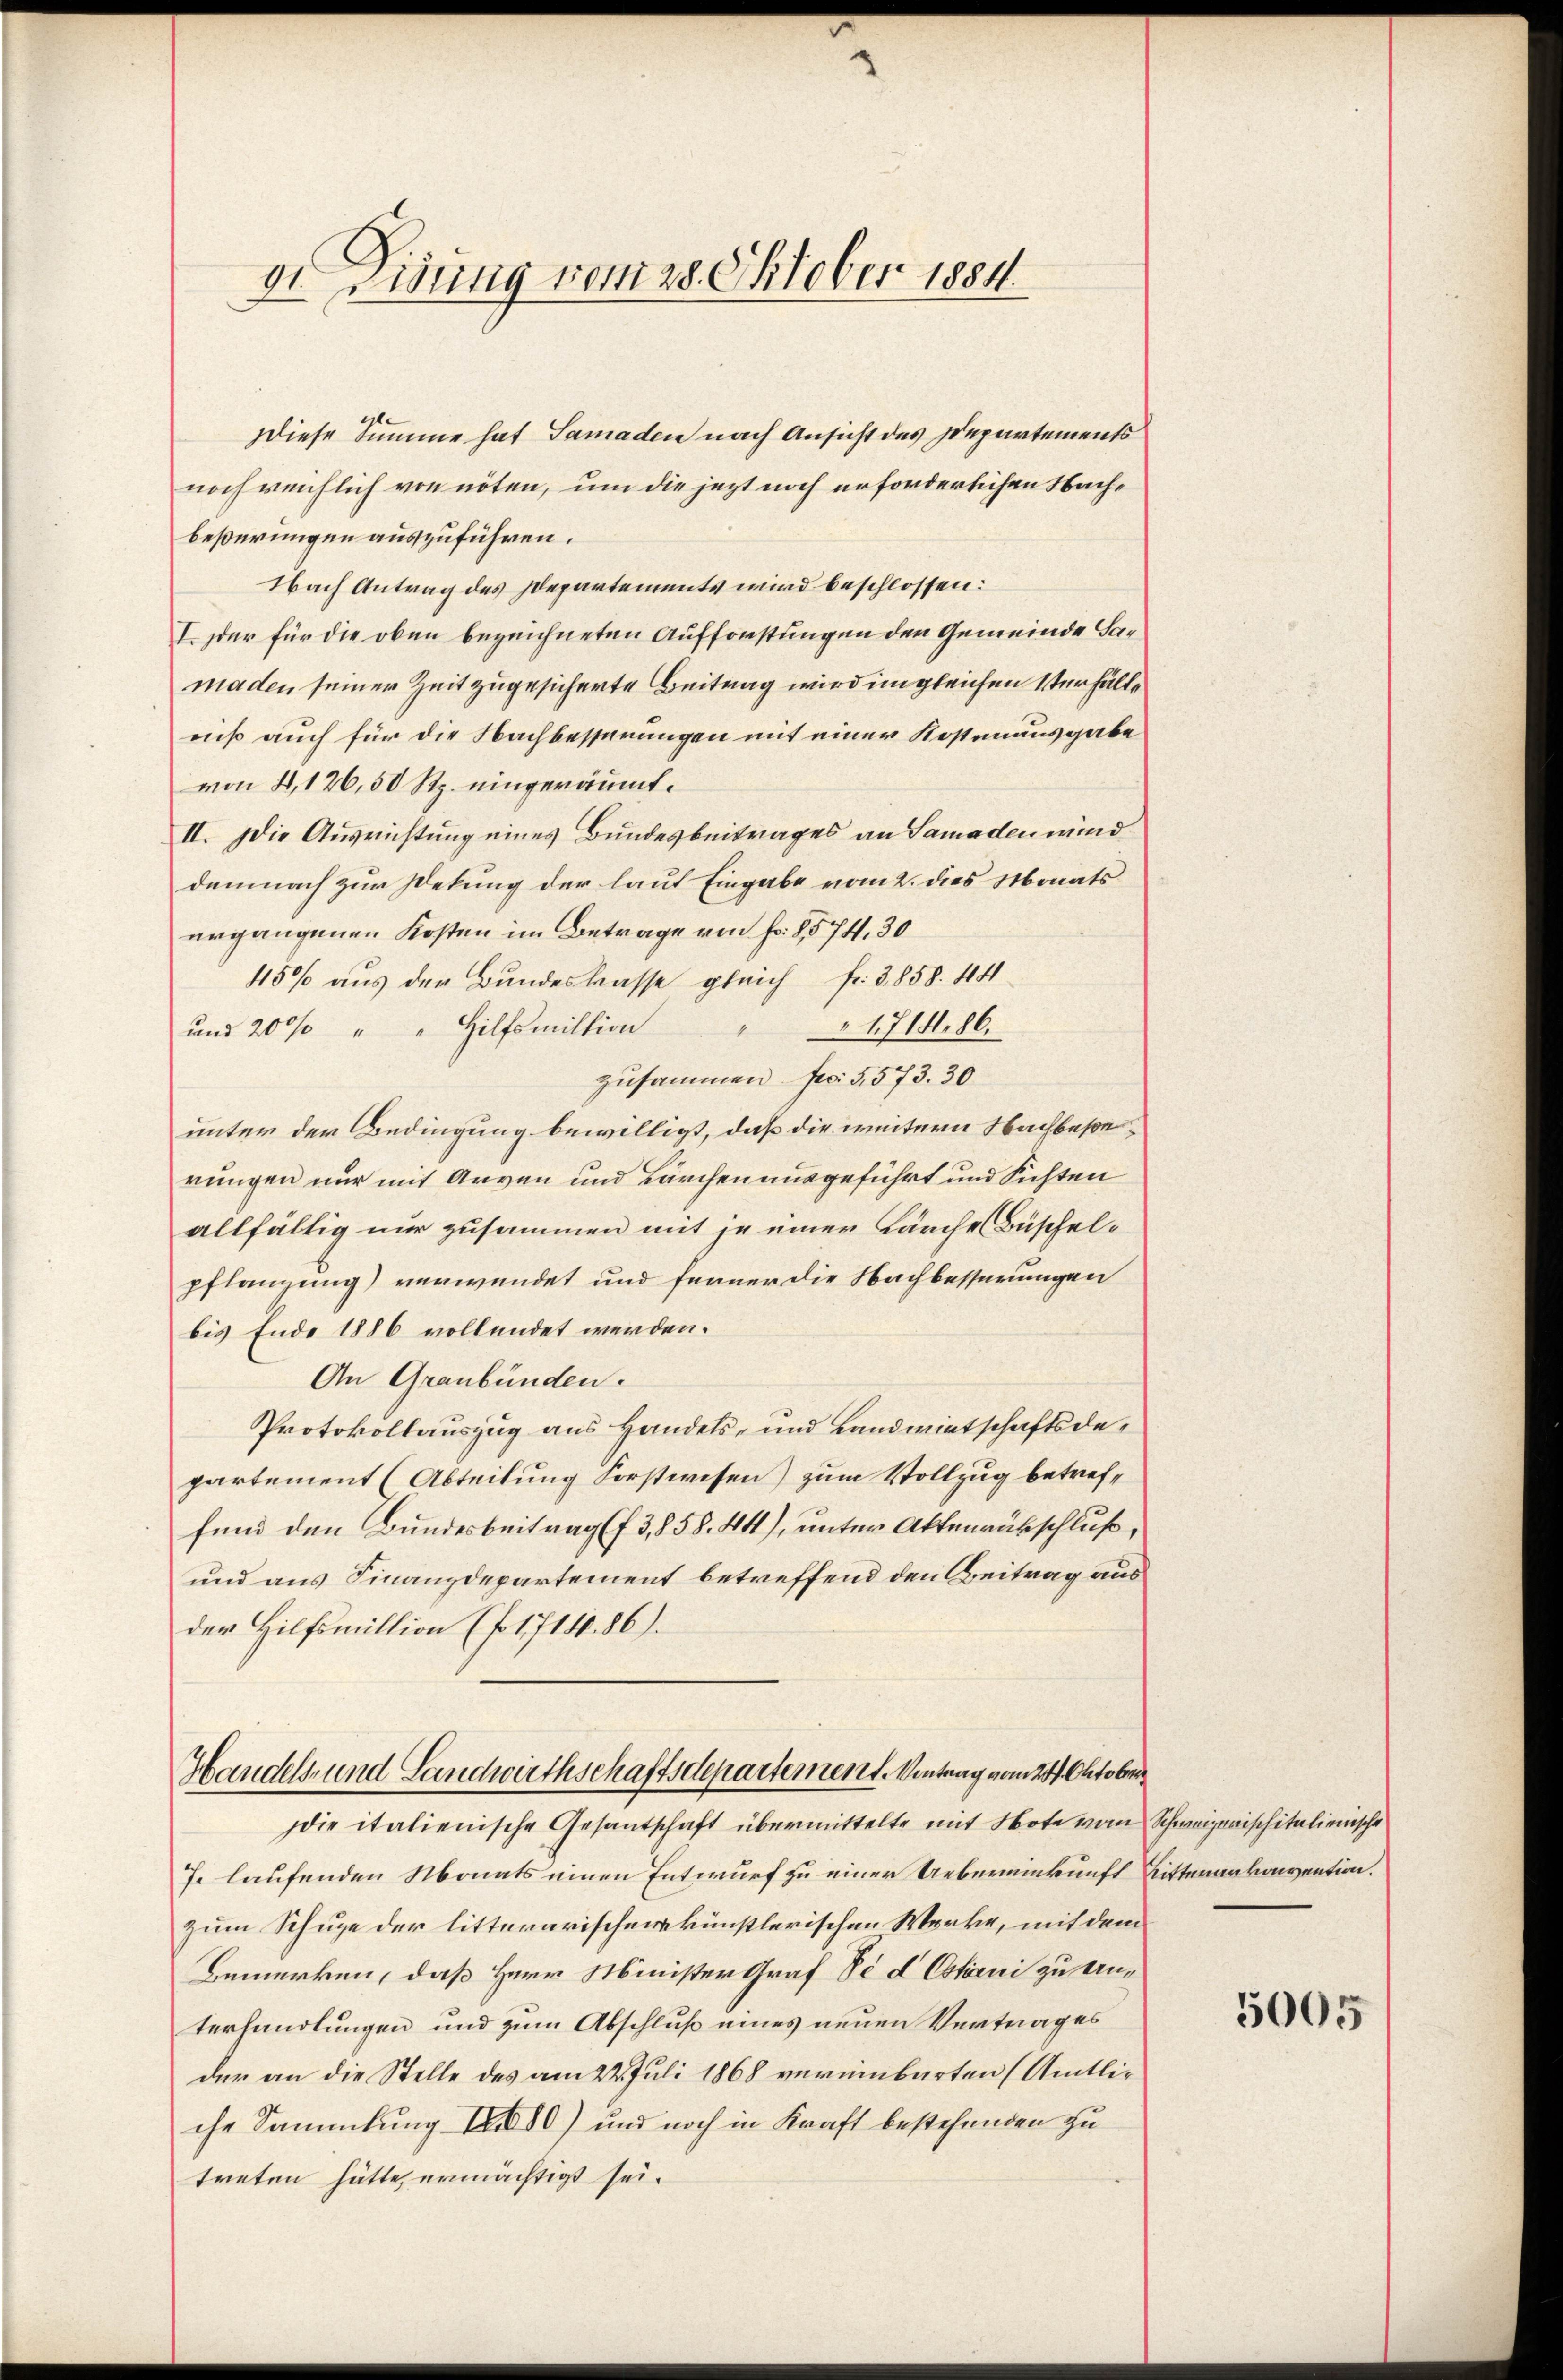
de Disung vom 28. Oktober 1884.

diese Summe hat Samaden nach Ansicht des Departements
noch reichlich von nöten, um die jezt noch erforderlichen Nachbeßerungen auszuführen.
Nach Antrag des Departements wird beschlossen:
I. der für die oben bezeichneten Aufforstungen den Gemeinde Sarmaden seiner Zeit zugesicherte Beitrag wird im gleichen Verhältniß auch für die Nachbesserungen mit einer Kostenausgabe
von 8,126,50 Rp. eingeräumt.
II. Die Ausrichtung eines Bundesbeitrages an Samaden wird
demnach zur Dekung der laut Eingabe vom 2. des Monats
ergangenen Kosten im Betrage von Fr. 8574. 30
450% aus der Bundeskasse gleich fr. 3858. 441
1714. 86.
und 200% " " Hilfsmiltion
zusammen feci 5,573. 30
unter der Bedingung bewilligt, daß die weitern Nachbesonrungen nur mit Arven und Lärchen ausgeführt und Richten
allfällig nur zusammen mit je einer Kärche Büschelpflanzung) verwendet und ferner die Nachbesserungen
bis Ende 1886 vollendet werden.
An Graubünden.
Protokollauszug aus Handels- und Landwirtschaftsdepartement (Abteilung Forstwesen) zum Vollzug betreffund den Bundesbeitrag (f 3,858. 441), unter Aktenrückschluß,
und aus Finanzdepartement betreffend den Beitrag aus
der Hilfsmillion (fo 1714. 86).

Handels und Landwirthschaftsdepartement. Vontrag vom 24. Oktober
die italienische Gesantschaft übermittelte mit Note vom Schweizerischitalienische

J. laufenden Monats einen Entwurf zu einer Uebereinkunft Ritterarkonvention.
zum Schuge der litterarischens künstlerischen Werke, mit dem
Bemerken, daß Herr Minister Graf Fe d Ostini zu Anterhandlungen und zum Abschluß eines neuen Vertrages
der an die Stelle des am 22. Juli 1868 vereinbarten (Amtliche Sammlung 150) und noch in Kraft bestehenden zu
treten hätte, ermächtigt sei.

5005